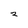
Character: 2